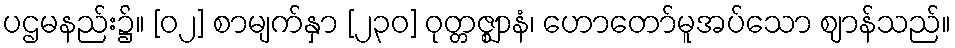
ပဌမနည်း၌။ [၀၂] စာမျက်နှာ [၂၃၀] ဝုတ္တဇ္ဈာနံ၊ ဟောတော်မူအပ်သော ဈာန်သည်။